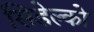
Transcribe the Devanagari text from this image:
सिडेल्को